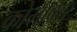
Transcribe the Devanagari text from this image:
कोमावार